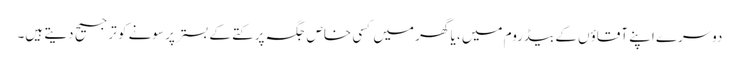
دوسرے اپنے آقاؤں کے بیڈروم میں ، یا گھر میں کسی خاص جگہ پر کتے کے بستر پر سونے کو ترجیح دیتے ہیں۔